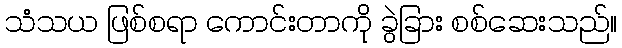
သံသယ ဖြစ်စရာ ကောင်းတာကို ခွဲခြား စစ်ဆေးသည်။